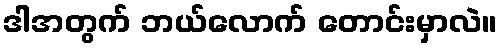
ဒါအတွက် ဘယ်လောက် တောင်းမှာလဲ။